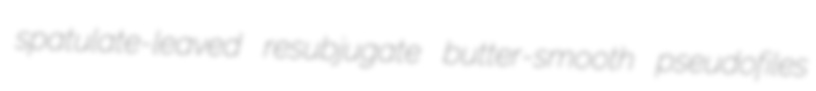
spatulate-leaved resubjugate butter-smooth pseudofiles